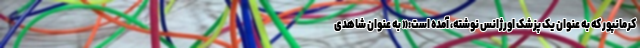
کرمانپور که به عنوان یک پزشک اورژانس نوشته، آمده است:« به عنوان شاهدی